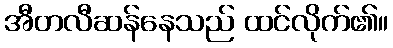
အီတလီဆန်နေသည် ထင်လိုက်၏။